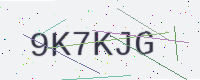
Text: 9K7KJG